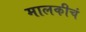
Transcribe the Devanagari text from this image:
मालकीचं